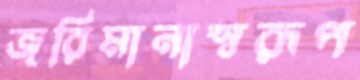
জরিমানাস্বরূপ